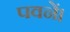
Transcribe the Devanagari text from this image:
पवनें।